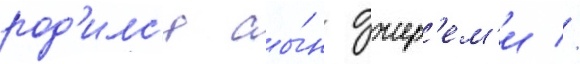
род'илс'я сы́н джер'ем'и //